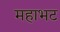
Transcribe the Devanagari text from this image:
महाभट